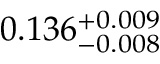
0 . 1 3 6 _ { - 0 . 0 0 8 } ^ { + 0 . 0 0 9 }